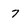
Character: 7